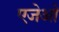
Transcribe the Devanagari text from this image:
एजेओ